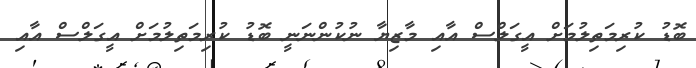
ބޮޑު ކުރިމަތިލުމަށް އީގަލްސް އާއި މާޒިޔާ ނުކުންނަނީ ބޮޑު ކުރިމަތިލުމަށް އީގަލްސް އާއި